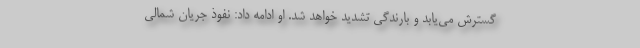
گسترش می‌یابد و بارندگی تشدید خواهد شد. او ادامه داد: نفوذ جریان شمالی